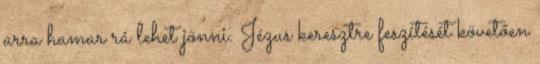
arra hamar rá lehet jönni. Jézus keresztre feszítését követően